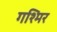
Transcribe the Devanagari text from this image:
गश्मिर